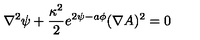
\nabla ^ { 2 } \psi + { \frac { \kappa ^ { 2 } } { 2 } } e ^ { 2 \psi - a \phi } ( \nabla A ) ^ { 2 } = 0